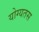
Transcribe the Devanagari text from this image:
योग्यतस